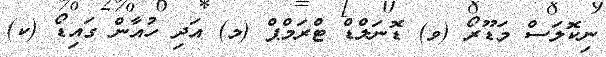
ނިކޮލަސް މަޑޫރޯ (ވ) ޑޮނަލްޑް ޓްރަމްޕް (މ) އަދި ހުއާން ގައިޑޯ (ކ)